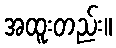
အထူးတည်း။